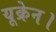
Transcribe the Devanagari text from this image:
यूक्रेन।